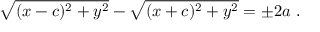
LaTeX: { \sqrt { ( x - c ) ^ { 2 } + y ^ { 2 } } } - { \sqrt { ( x + c ) ^ { 2 } + y ^ { 2 } } } = \pm 2 a \ .